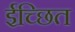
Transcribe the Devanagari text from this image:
ईच्छित